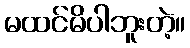
မထင်မိပါဘူးတဲ့။